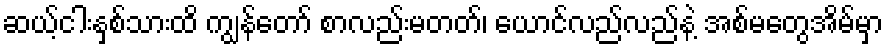
ဆယ့်ငါးနှစ်သားထိ ကျွန်တော် စာလည်းမတတ်၊ ယောင်လည်လည်နဲ့ အစ်မတွေအိမ်မှာ